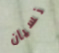
نسيان